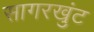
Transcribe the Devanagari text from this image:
सागरखुंट